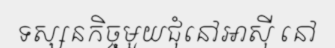
ទស្សនកិច្ចមួយជុំនៅអាស៊ី នៅ